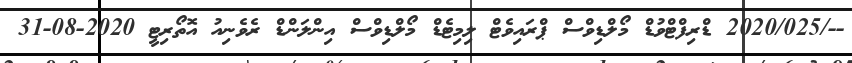
--/2020/025 ޑްރިފްޓްވުޑް މޯލްޑިވްސް ޕްރައިވެޓް ލިމިޓެޑް މޯލްޑިވްސް އިންލަންޑް ރެވެނިއު އޮތޯރިޓީ 2020-08-31